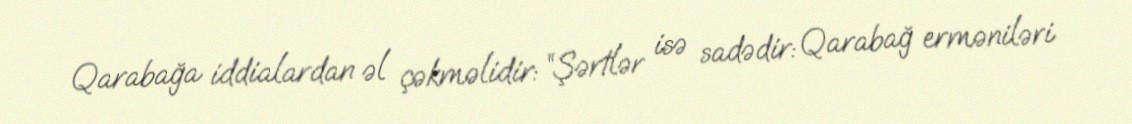
Qarabağa iddialardan əl çəkməlidir: “Şərtlər isə sadədir: Qarabağ erməniləri